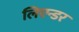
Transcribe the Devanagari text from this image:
लिएन्डर